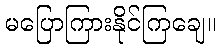
မပြောကြားနိုင်ကြချေ။